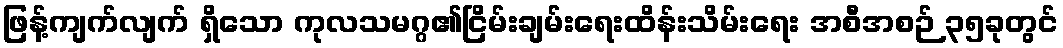
ဖြန့်ကျက်လျက် ရှိသော ကုလသမဂ္ဂ၏ငြိမ်းချမ်းရေးထိန်းသိမ်းရေး အစီအစဉ် ၃၅ခုတွင်